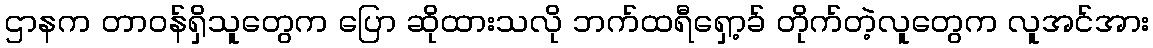
ဌာနက တာဝန်ရှိသူတွေက ပြော ဆိုထားသလို ဘက်ထရီရှော့ခ် တိုက်တဲ့လူတွေက လူအင်အား